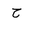
Letter: _ha